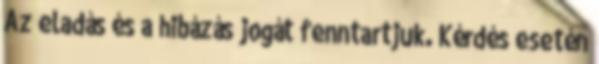
Az eladás és a hibázás jogát fenntartjuk. Kérdés esetén